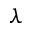
\lambda